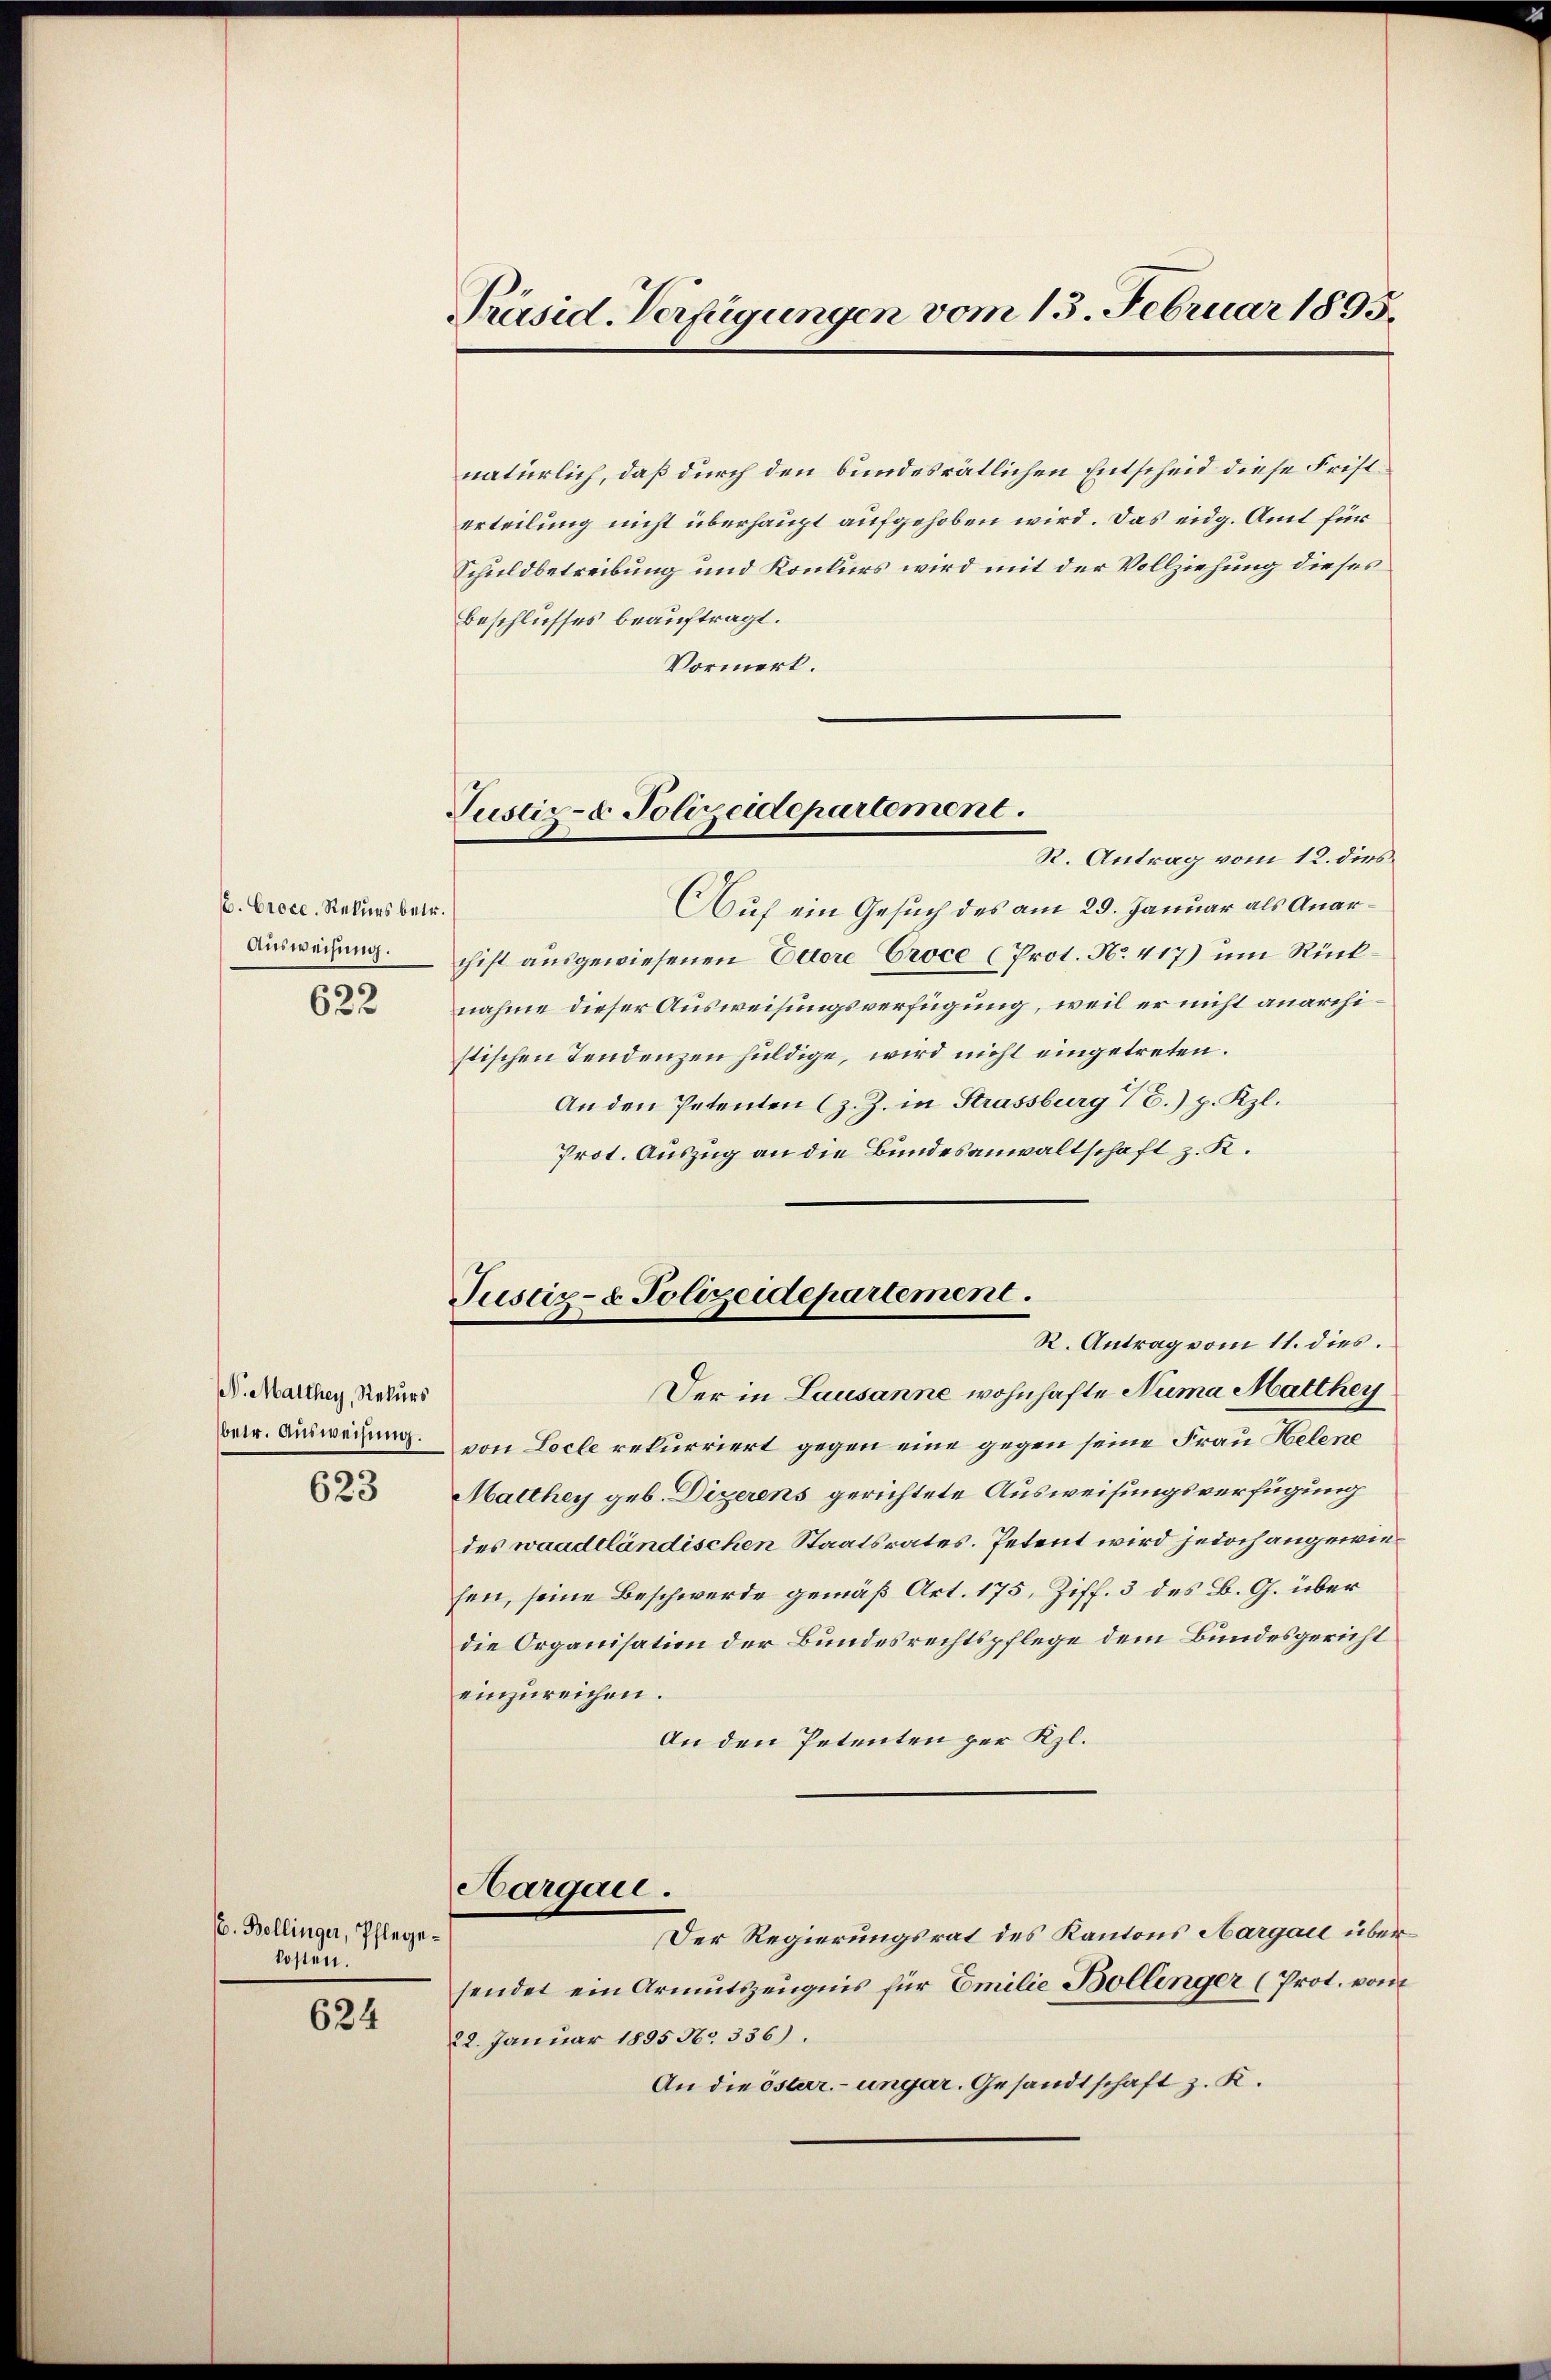
. Croce. Rekurs betr.
Ausweisung.

622

V. Marthey, Rekurs

623

C. Bollinger, Pflegekosten.

624

Präsid. Verfügungen vom 13. Februar 1895.

Justiz- & Polizeidepartement.

natürlich, daß durch den bundesrätlichen Entscheid diese Fristerteilung nicht überhaupt aufgehoben wird. Das eidg. Amt für
Schuldbetreibung und Konkurs wird mit der Vollziehung dieses
Beschlusses beauftragt.
Vormerk.
R. Antrag vom 12. dies
Auf ein Gesuch des am 29. Januar als Anarchist ausgewiesenen Ettore Proce (Prot. No. 417) um Rücknahme dieser Ausweisungsverfügung, weil er nicht anarchistischen Tendenzen huldige, wird nicht eingetreten.
An den Petenten (z. Z. in Strassburg 1.) p. Kzl.
Prot. Auszug an die Bundesanwaltschaft z. K.
Justiz- & Polizeidepartement.
R. Antrag vom 11. dies.
Der in Lausanne wohnhafte Numa Matthey
betr. Ausweisen von Locle rekurriert gegen eine gegen seine Frau Helene
Matthey geb. Dizerens gerichtete Ausweisungsverfügung
des waadtländischen Staatsrates. Petent wird jedoch angewiesen, seine Beschwerde gemäß Art. 175, Ziff. 3 des B. G. über
die Organisation der Bundesrechtspflege dem Bundesgericht
einzureichen.
An den Petenten per Kl.
Aargau.
Der Regierungsrat des Kantons Aargau übersendet ein Armutszeugnis für Emilie Bollinger (Prot. vom
22. Januar 1895 No 336).
An die öster- ungar. Gesandtschaft z. K.